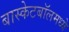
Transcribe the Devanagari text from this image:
बास्केटबॉलमध्ये